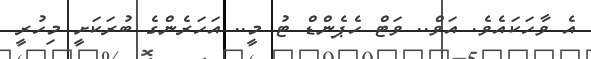
އެ ވާހަކައެވެ. އަވް.. ވަޓް ހެޕެންޑް ޓު މީ.. އަހަރެންގެ ބުރަކަށީ މިހުރީ